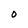
Character: O